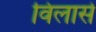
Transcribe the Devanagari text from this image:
विलासे